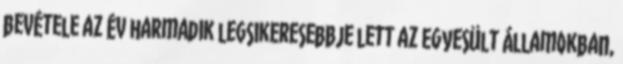
bevétele az év harmadik legsikeresebbje lett az Egyesült Államokban,